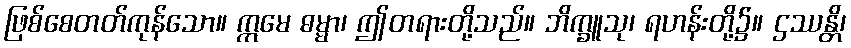
ဖြစ်စေတတ်ကုန်သော။ ဣမေ ဓမ္မာ၊ ဤတရားတို့သည်။ ဘိက္ခူသု၊ ရဟန်းတို့၌။ ဌဿန္တိ၊